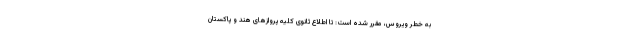
به خطر ویروس، مقرر شده است: تا اطلاع ثانوی کلیه پروازهای هند و پاکستان